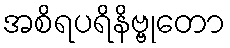
အစိရပရိနိဗ္ဗုတော